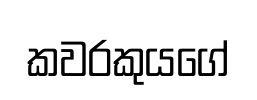
කවරකුයගේ